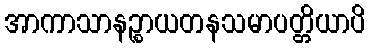
အာကာသာနဉ္စာယတနသမာပတ္တိယာပိ